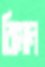
ঝিমান